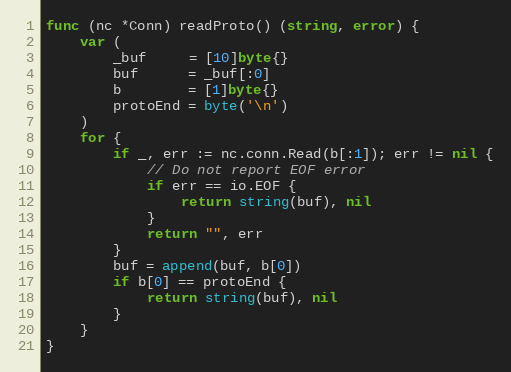
Language: Go
func (nc *Conn) readProto() (string, error) {
	var (
		_buf     = [10]byte{}
		buf      = _buf[:0]
		b        = [1]byte{}
		protoEnd = byte('\n')
	)
	for {
		if _, err := nc.conn.Read(b[:1]); err != nil {
			// Do not report EOF error
			if err == io.EOF {
				return string(buf), nil
			}
			return "", err
		}
		buf = append(buf, b[0])
		if b[0] == protoEnd {
			return string(buf), nil
		}
	}
}